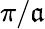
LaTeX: \pi/\mathfrak{a}